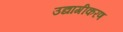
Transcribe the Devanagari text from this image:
उद्यागीकरण